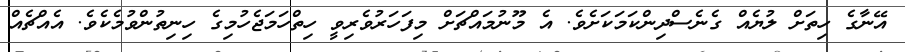
އޭނާގެ ހިތަށް ލުޔެއް ގެނެސްދިންކަމަކަށެވެ. އެ މޫނުމައްޗަށް މިފަހަރުވެރިވީ ހިތްހަމަޖެހުމިގެ ހިނިތުންވުމެކެވެ. އެއްޗެއް